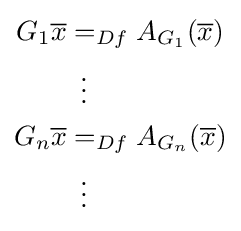
{\begin{aligned}G_{1}{\overline {x}}&=_{Df}A_{G_{1}}({\overline {x}})\\&{}\,\,\,\vdots \\G_{n}{\overline {x}}&=_{Df}A_{G_{n}}({\overline {x}})\\&{}\,\,\,\vdots \end{aligned}}